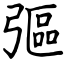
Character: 彄